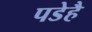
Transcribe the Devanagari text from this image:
पडेहै